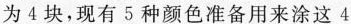
4块，现有5种颜色准备用来涂这4